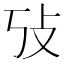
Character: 𰕃